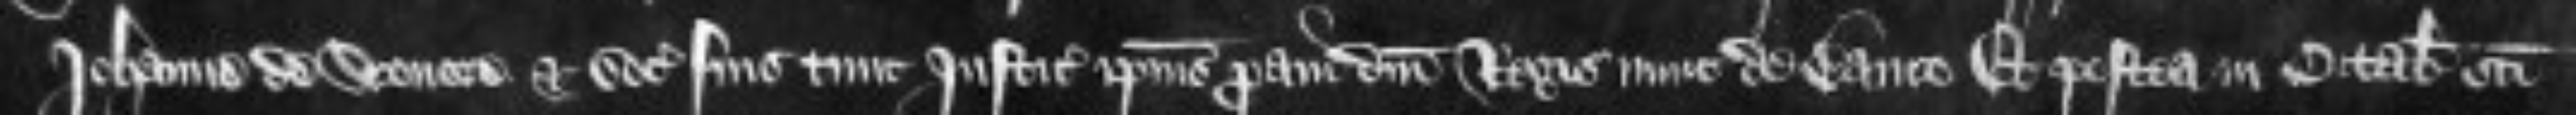
Johanne de Stonore et sociis suis tunc Justiciariis ipsius proavi domini Regis nunc de banco et postea in Octabis Sancti